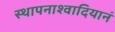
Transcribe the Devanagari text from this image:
स्थापनाश्वादियानं